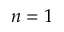
n = 1